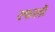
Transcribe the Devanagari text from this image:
रफलो